Scottish Leaving Certificate Examination, 1953
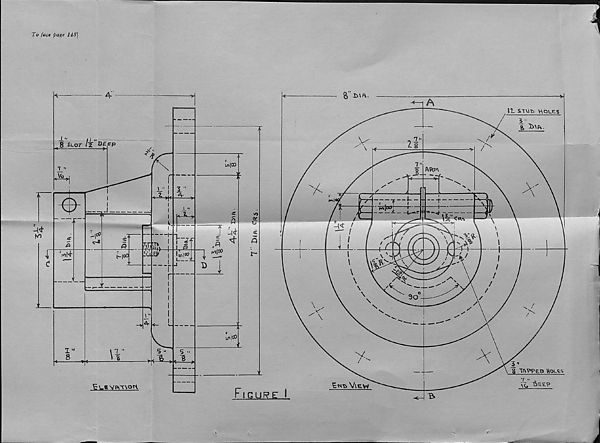
To fact page 14S]
i-tf
f/i
c
±
<
Euevivwou
F l G Ui?_£_j
C«5 .
S ^Pt’PpE.o Houe-s
View
~feSEP
y-
<
J